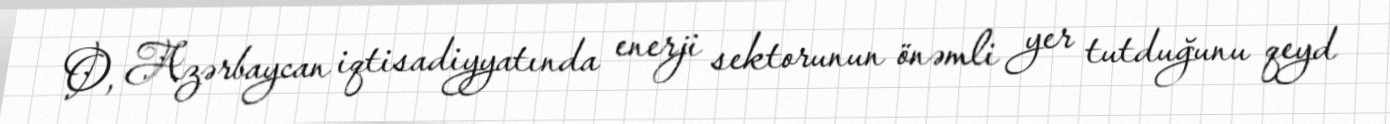
O, Azərbaycan iqtisadiyyatında enerji sektorunun önəmli yer tutduğunu qeyd